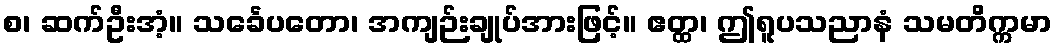
စ၊ ဆက်ဦးအံ့။ သင်္ခေပတော၊ အကျဉ်းချုပ်အားဖြင့်။ ဧတ္ထ၊ ဤရူပသညာနံ သမတိက္ကမာ